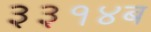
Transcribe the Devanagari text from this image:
३३१४ब